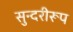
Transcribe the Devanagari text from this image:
सुन्दरीरूप